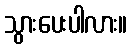
သွားပေးပါလား။